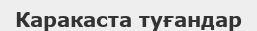
Каракаста туғандар